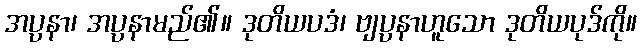
အပ္ပနာ၊ အပ္ပနာမည်၏။ ဒုတိယပဒံ၊ ဗျပ္ပနာဟူသော ဒုတိယပုဒ်ကို။